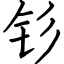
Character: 钐